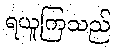
ရယူကြသည်